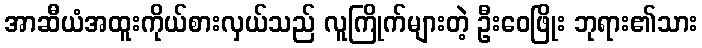
အာဆီယံအထူးကိုယ်စားလှယ်သည် လူကြိုက်များတဲ့ ဦးဝေဖြိုး ဘုရား၏သား